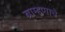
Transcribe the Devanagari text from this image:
ब्राम्हणाचे